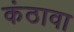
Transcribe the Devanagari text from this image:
कंठावा